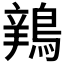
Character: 𫛅